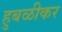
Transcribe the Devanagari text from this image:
हुबळीकर